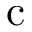
\mathrm { c }